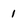
Character: 1